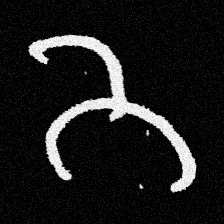
Pyu character \u2014 Myanmar letter: ဘ (romanized: bha)